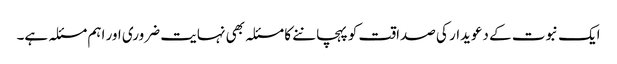
ایک نبوت کے دعویدار کی صداقت کو پہچاننے کا مسئلہ بھی نہایت ضروری اور اہم مسئلہ ہے۔